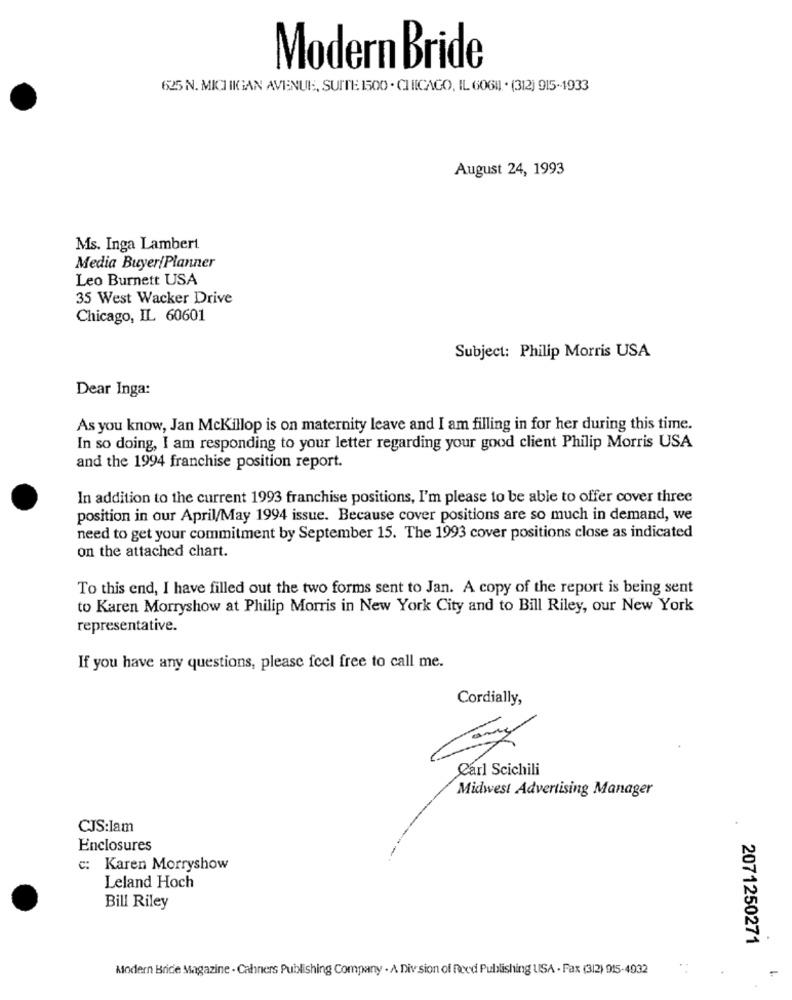
Modern Bride
625 N. MICH IIGAN AVENUE, SUITE 1500 · CHICAGO, IL 6061]. . (312) 915-1933
August 24, 1993
Ms. Inga Lambert
Media Buyer/Planner
Leo Burnett USA
35 West Wacker Drive
Chicago, IL 60601
Subject: Philip Morris USA
Dear Inga:
As you know, Jan Mckillop is on maternity leave and I am filling in for her during this time.
In so doing, I am responding to your letter regarding your good client Philip Morris USA
and the 1994 franchise position report.
In addition to the current 1993 franchise positions, I'm please to be able to offer cover three
position in our April/May 1994 issue. Because cover positions are so much in demand, we
need to get your commitment by September 15. The 1993 cover positions close as indicated
on the attached chart.
To this end, I have filled out the two forms sent to Jan. A copy of the report is being sent
to Karen Morryshow at Philip Morris in New York City and to Bill Riley, our New York
representative.
If you have any questions, please feel free to call me.
Cordially,
Carl Scichili
Midwest Advertising Manager
CJS:Iam
Enclosures
c: Karen Morryshow
Leland Hoch
Bill Riley
2071250271
Atodern Bride Magazine - Cahners Publishing Company . A Div sion of Reed Publishing USA - Fax (312) 915-4932